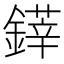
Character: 𨫽